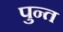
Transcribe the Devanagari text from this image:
पुन्त